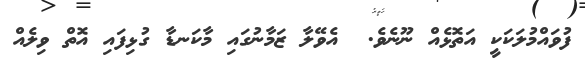
ފުވައްމުލަކަކީ އަތޮޅެއް ނޫނެވެ.  އެވޭލާ ޒަމާނުގައި މާކަނޑާ ގުޅިފައި އޮތް ވިލެއް